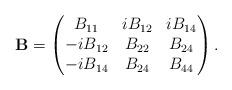
LaTeX: \begin{align*}\mathbf{B}=\begin{pmatrix}B_{11}&iB_{12}&iB_{14}\\-iB_{12}&B_{22}&B_{24}\\-iB_{14}&B_{24}&B_{44}\end{pmatrix}.\end{align*}